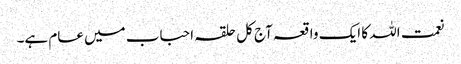
نعمت اللہ کا ایک واقعہ آج کل حلقہ احباب میں عام ہے۔